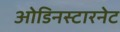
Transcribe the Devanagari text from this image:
ओडिनस्टारनेट